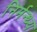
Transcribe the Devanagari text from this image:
निर्मन्थ्य